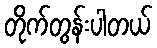
တိုက်တွန်းပါတယ်